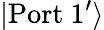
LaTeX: |\mathrm{Port}\ 1^{\prime}\rangle